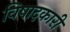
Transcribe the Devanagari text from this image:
विषादकारी